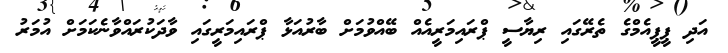
އަދި ޕީޕީއެމްގެ ތެރޭގައި ރިޔާސީ ޕްރައިމަރީއެއް ބޭއްވުމަށް ބާރުއަޅާ ޕްރައިމަރީގައި ވާދަކުރައްވާނެކަމަށް އުމަރު